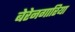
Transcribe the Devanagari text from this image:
बेरेनगारिया